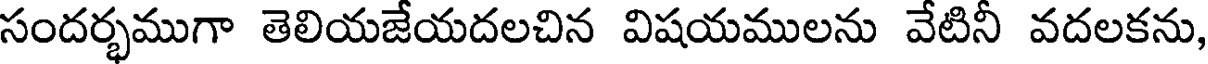
సందర్భముగా తెలియజేయదలచిన విషయములను వేటినీ వదలకను,